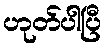
ဟုတ်ပါပြီ